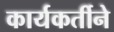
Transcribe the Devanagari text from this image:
कार्यकर्तीने